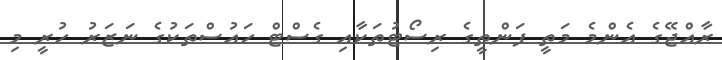
ރާއްޖޭގެ އެންމެ މަތީ ފަންތީގެ ރިސޯޓުތަކާއި ގެސްޓް ހައުސްތަކުގެ ނަޒަރު ހުރީ މި